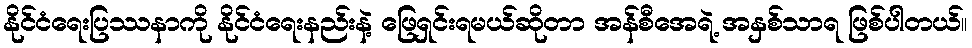
နိုင်ငံရေးပြဿနာကို နိုင်ငံရေးနည်းနဲ့ ဖြေရှင်းရမယ်ဆိုတာ အန်စီအေရဲ့ အနှစ်သာရ ဖြစ်ပါတယ်။